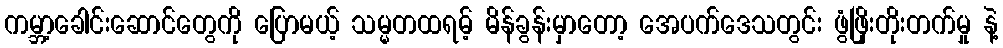
ကမ္ဘာ့ခေါင်းဆောင်တွေကို ပြောမယ့် သမ္မတထရမ့် မိန်ခွန်းမှာတော့ အေပက်ဒေသတွင်း ဖွံဖြိုးတိုးတက်မှု နဲ့